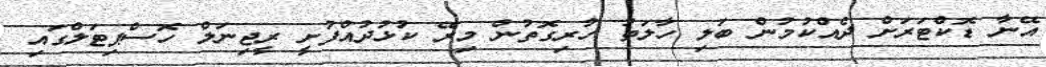
އޭނާ ޑޮކްޓަރަށް ދެއްކުމުން ބަލި ހާލަތު ހުރިގޮތުން މިރޭ ކުޅުދުއްފުށީ ރީޖިނަލް ހޮސްޕިޓަލްގައި